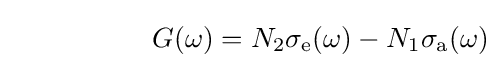
~~~~~~~~~~~~~~~G(\omega )=N_{2}\sigma _{\rm {e}}(\omega )-N_{1}\sigma _{\rm {a}}(\omega )